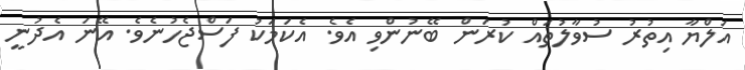
އަލްޔާ އިތުރު ސުވާލުތައް ކުރަން ބޭނުންވި އެވެ. އެކަމަކު ފަސްޖެހުނެވެ. އޭނަ އެދުނީ